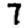
Digit: 7